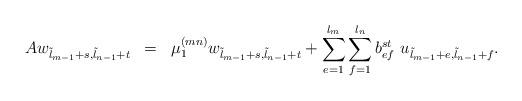
LaTeX: \begin{align*}\begin{array}{ccl}Aw_{\tilde{l}_{m-1}+s,\tilde{l}_{n-1}+t} & = & \mu_1^{(mn)}w_{\tilde{l}_{m-1}+s,\tilde{l}_{n-1}+t}+ \displaystyle \sum\limits_{e=1}^{l_m}\sum\limits_{f=1}^{l_n}b^{st}_{ef}\ u_{\tilde{l}_{m-1}+e,\tilde{l}_{n-1}+f}.\end{array}\end{align*}